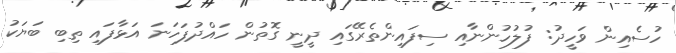
ހުސެއިން ވަހީދު: ފުލުހުންނާއި ސިފައިންތެރޭގައި ދީނީ ގޮތުން ހައްދުފަހަނަ އަޅާފައި ތިބި ބަޔަކު